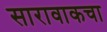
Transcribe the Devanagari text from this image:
सारावाकचा